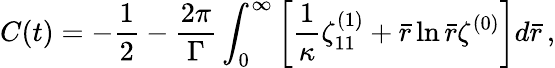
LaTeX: C(t)=-\frac{1}{2}-\frac{2\pi}{\Gamma}\int_{0}^{\infty}\left[\frac{1}{\kappa}\zeta_{11}^{(1)}+\bar{r}\ln\bar{r}\zeta^{(0)}\right]d\bar{r}\, ,